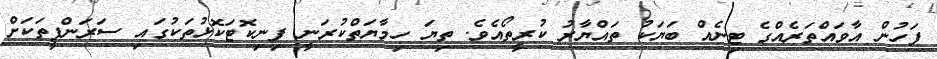
ފަހުން އާވައްތަރެއްގެ ޓިނެއް ބަޔަކު ތައްޔާރު ކުރީތޯއެވެ. ތިޔަ ހިމާޔަތްކުރަނީ ފިނިކޮޓަކޮޅުތަކުގައި ސަރަންފީތަކަށް